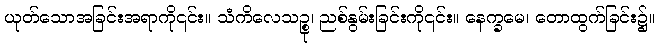
ယုတ်သောအခြင်းအရာကို၎င်း။ သံကိလေသဉ္စု၊ ညစ်နွမ်းခြင်းကို၎င်း။ နေက္ခမေ၊ တောထွက်ခြင်း၌။